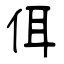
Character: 佴